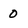
Character: 0